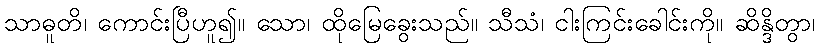
သာဓူတိ၊ ကောင်းပြီဟူ၍။ သော၊ ထိုမြေခွေးသည်။ သီသံ၊ ငါးကြင်းခေါင်းကို။ ဆိန္ဒိတွာ၊